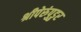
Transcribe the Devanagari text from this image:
श्रीपेरुंपुडुर